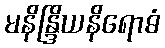
မနိန္ဒြိယနိရောဓံ